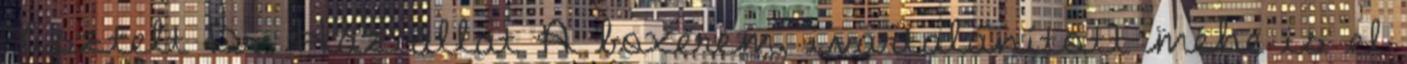
Tisztelt Dr. Háziállat A boxerem, ivartalanított méhe is el